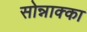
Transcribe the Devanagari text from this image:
सोन्नाक्का